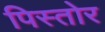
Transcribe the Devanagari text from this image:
पिस्तोर